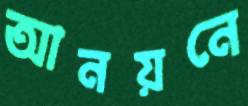
আনয়নে